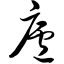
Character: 庐